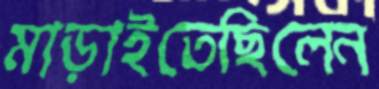
মাড়াইতেছিলেন